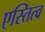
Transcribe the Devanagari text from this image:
एस्तित्व